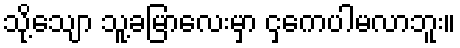
သို့သျော သူ့ခမြာလေးမှာ ငှကေပါမလာဘူး။